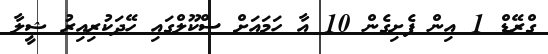
ގްރޭޑް 1 އިން ފެށިގެން 10 އާ ހަމައަށް ސްކޫލްގައި ހޭދަކުރިއިރު ޝީލާ